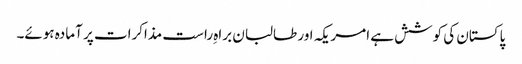
پاکستان کی کوشش ہے امریکہ اور طالبان براہِ راست مذاکرات پر آمادہ ہوئے۔